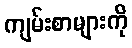
ကျမ်းစာများကို